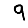
Digit: 9